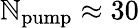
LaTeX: \mathbb{N}_{\mathrm{{pump}}}\approx30